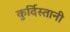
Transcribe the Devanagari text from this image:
कुर्दिस्तानी